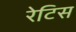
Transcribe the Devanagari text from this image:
रेटिस